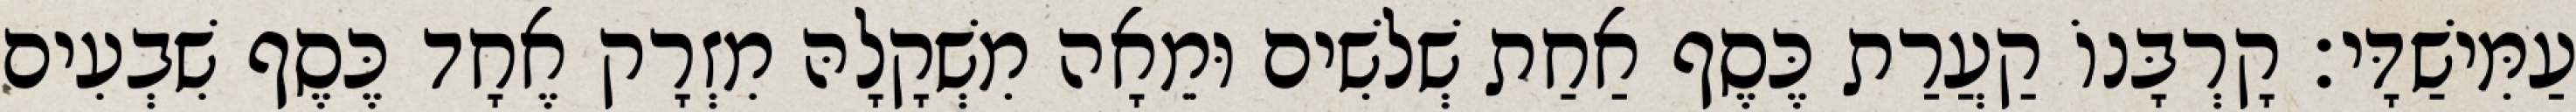
עַמִּישַׁדָּי׃ קָרְבָּנוֹ קַעֲרַת כֶּסֶף אַחַת שְׁלשִׁים וּמֵאָה מִשְׁקָלָהּ מִזְרָק אֶחָד כֶּסֶף שִׁבְעִים